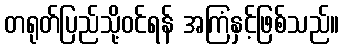
တရုတ်ပြည်သို့ဝင်ရန် အကြံနှင့်ဖြစ်သည်။